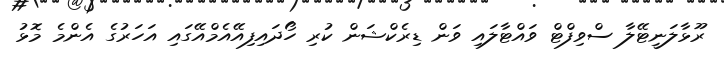
ރޫޅާލަނީޓޭލާ ސްވިފްޓް ވައްޓާލައި ވަން ޑިރެކްޝަން ކުރި ހޯދައިފިއޭއެމްއޭގައި އަހަރުގެ އެންމެ މޮޅު